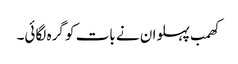
کھمب پہلوان نے بات کو گرہ لگائی۔